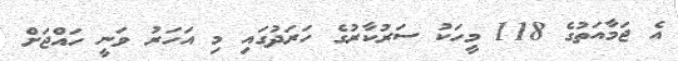
އެ ޖަމާއަތުގެ 118 މީހަކު ސަރުކާރުގެ ހަރަދުގައި މި އަހަރު ވަނީ ހައްޖަށް